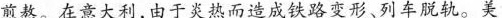
煎熬。在意大利，由于炎热而造成铁路变形、列车脱轨。美